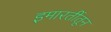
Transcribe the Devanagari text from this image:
इमारतींतून